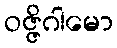
ဝဇ္ဇိဂါမော